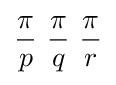
{\pi  \over p}\ {\pi  \over q}\ {\pi  \over r}